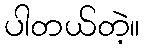
ပါတယ်တဲ့။